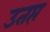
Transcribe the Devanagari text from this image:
उतप्त